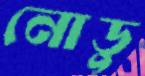
নোডু